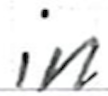
Text: in
Cross-out: clean
Writing tool: ballpoint